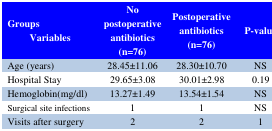
<table><thead><tr><td><b>GroupsVariables</b></td><td><b>No postoperative antibiotics (n=76)</b></td><td><b>Postoperative antibiotics (n=76)</b></td><td><b>P-value</b></td></tr></thead><tbody><tr><td>Age (years)</td><td>28.45±11.06</td><td>28.30±10.70</td><td>NS</td></tr><tr><td>Hospital Stay</td><td>29.65±3.08</td><td>30.01±2.98</td><td>0.19</td></tr><tr><td>Hemoglobin(mg/dl)</td><td>13.27±1.49</td><td>13.54±1.54</td><td>NS</td></tr><tr><td>Surgical site infections</td><td>1</td><td>1</td><td>NS</td></tr><tr><td>Visits after surgery</td><td>2</td><td>2</td><td>1</td></tr></tbody></table>